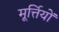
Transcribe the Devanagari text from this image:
मूर्त्तियों